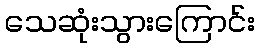
သေဆုံးသွားကြောင်း